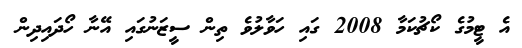
އެ ޓީމުގެ ކޯޗުކަމާ 2008 ގައި ހަވާލުވެ ތިން ސީޒަނުގައި އޭނާ ހޯދައިދިން